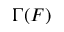
\Gamma ( F )